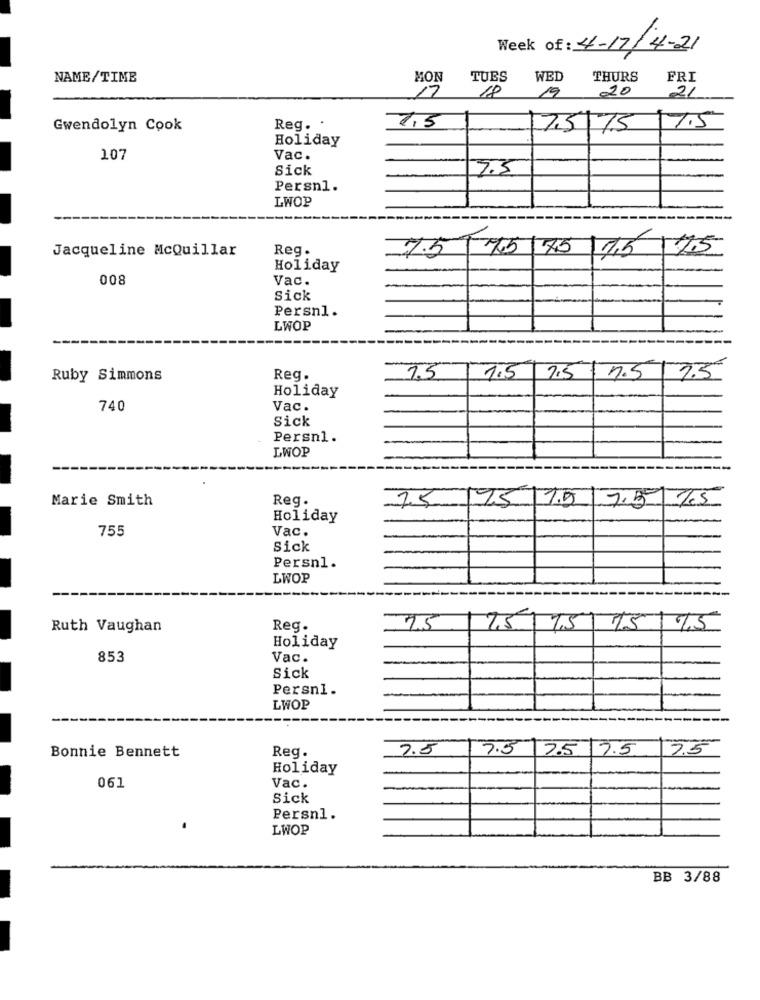
Week of: 4-17/4-21
NAME/TIME
MON
TUES
WED
THURS
FRI
17
18
19
20
21
Gwendolyn Cook
Reg. .
1,5
7.5 75 7.5
Holiday
107
Vac.
Sick
7.5
Persn1.
LWOP
Jacqueline McQuillar
Reg.
75/75/25 /15 75
Holiday
008
Vac.
Sick
Persnl.
LWOF
Ruby Simmons
Reg.
1.5
1.5
7.5 7.5 7.5
Holiday
740
Vac.
Sick
Persnl.
LWOP
Marie Smith
Reg.
15 15 15 7.5 15
Holiday
755
Vac.
Sick
Persnl.
LWOP
Ruth Vaughan
Reg.
7.5
7,5 75 75 75
Holiday
853
Vac.
Sick
Persni.
LWOP
Bonnie Bennett
Reg.
7.5
7.5
17.5 7.5
7.5
Holiday
061
Vac.
Sick
Persnl.
LWOP
BB 3/88